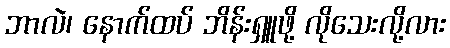
ဘာလဲ၊ နောက်ထပ် ဘိန်းရှူဖို့ လိုသေးလို့လား